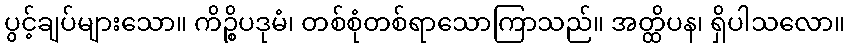
ပွင့်ချပ်များသော။ ကိဉ္စိပဒုမံ၊ တစ်စုံတစ်ရာသောကြာသည်။ အတ္ထိပန၊ ရှိပါသလော။